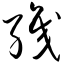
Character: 织